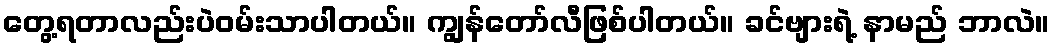
တွေ့ရတာလည်းပဲဝမ်းသာပါတယ်။ ကျွန်တော်လီဖြစ်ပါတယ်။ ခင်ဗျားရဲ့ နာမည် ဘာလဲ။